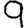
Digit: 9